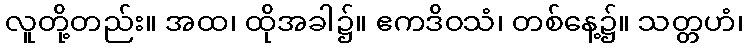
လူတို့တည်း။ အထ၊ ထိုအခါ၌။ ဧကဒိဝသံ၊ တစ်နေ့၌။ သတ္တဟံ၊